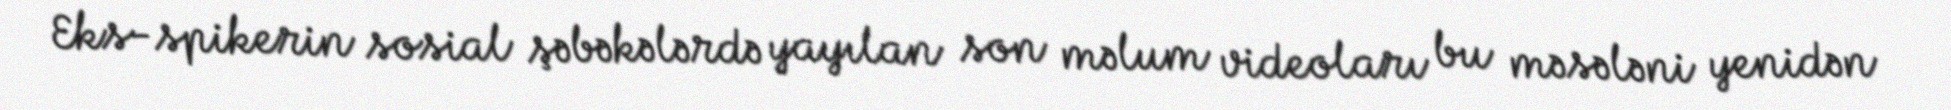
Eks-spikerin sosial şəbəkələrdə yayılan son məlum videoları bu məsələni yenidən